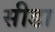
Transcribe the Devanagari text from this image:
सीडा